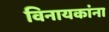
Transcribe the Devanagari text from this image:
विनायकांना